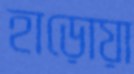
হাড়োয়া